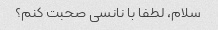
سلام، لطفا با نانسی صحبت کنم؟